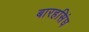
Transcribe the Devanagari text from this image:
बारहसिंघ